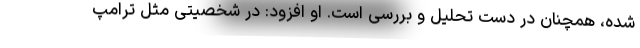
شده، همچنان در دست تحلیل‌ و بررسی است. او افزود: در شخصیتی مثل ترامپ